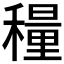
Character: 𬓾